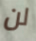
لن